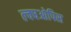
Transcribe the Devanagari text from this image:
ल्क्चओपिस